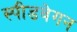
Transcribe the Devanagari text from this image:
स्पीडवेगन